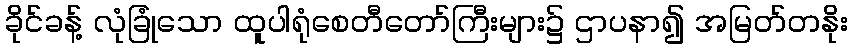
ခိုင်ခန့် လုံခြုံသော ထူပါရုံစေတီတော်ကြီးများ၌ ဌာပနာ၍ အမြတ်တနိုး